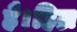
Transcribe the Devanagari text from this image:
है।हिज्र